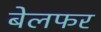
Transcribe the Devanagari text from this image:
बेलफर